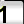
Digit: 1